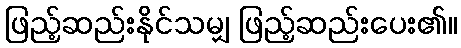
ဖြည့်ဆည်းနိုင်သမျှ ဖြည့်ဆည်းပေး၏။